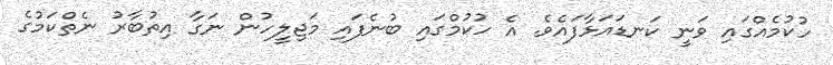
ހުކުމެއްގައި ވަނީ ކަނޑައަޅާފައެވެ. އެ ހުކުމްގައި ބުނެފައި މަޖިލީހުން ނަގާ އިތުބާރު ނެތްކަމުގެ